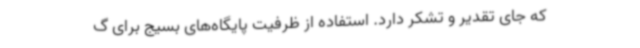
که جای تقدیر و تشکر دارد. استفاده از ظرفیت پایگاه‌های بسیج برای گ